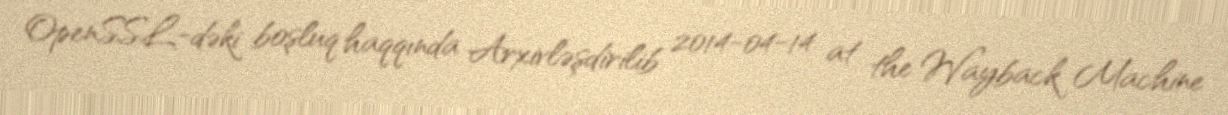
OpenSSL-dəki boşluq haqqında Arxivləşdirilib 2014-04-14 at the Wayback Machine